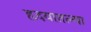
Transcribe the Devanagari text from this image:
हृदयातल्या